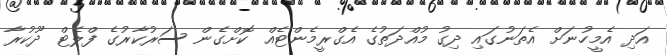
އަދި އެމީހުނަށް އެތަނުގައި ދިގު މުއްދަތުގެ އެގްރީމެންޓެއް ކޮށްގެން ސަރުކާރުގެ ފްލެޓް ދޫކުރާ